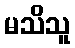
မသိသူ